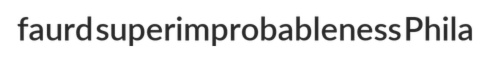
faurd superimprobableness Phila